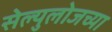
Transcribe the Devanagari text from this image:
सेल्युलोजच्या